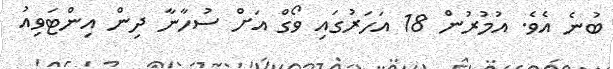
ބުނެ އެވެ. އުމުރުން 18 އަހަރުގައި ވޯގް އަށް ސުހާނާ ދިން އިންޓަވިއު